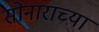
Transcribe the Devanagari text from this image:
सोनाराच्या